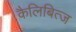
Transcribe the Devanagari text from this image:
कैलिबित्ज